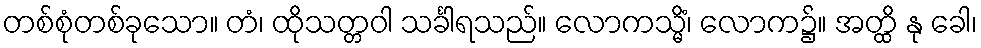
တစ်စုံတစ်ခုသော။ တံ၊ ထိုသတ္တဝါ သင်္ခါရသည်။ လောကသ္မိံ၊ လောက၌။ အတ္ထိ နု ခေါ၊